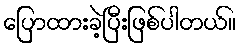
ပြောထားခဲ့ပြီးဖြစ်ပါတယ်။